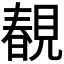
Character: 𧡲